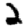
Digit: 2